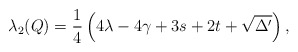
\begin{align*}\lambda_2(Q)=\frac14\left(4\lambda-4\gamma+3s+2t+\sqrt{\Delta'}\right),\end{align*}